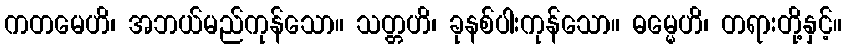
ကတမေဟိ၊ အဘယ်မည်ကုန်သော။ သတ္တဟိ၊ ခုနစ်ပါးကုန်သော။ ဓမ္မေဟိ၊ တရားတို့နှင့်။